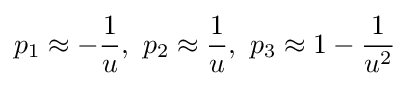
p_{1}\approx -{\frac {1}{u}},\ p_{2}\approx {\frac {1}{u}},\ p_{3}\approx 1-{\frac {1}{u^{2}}}